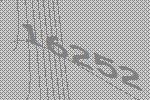
16252